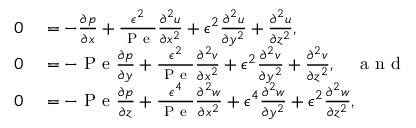
\begin{array} { r l } { 0 } & { { } = - \frac { \partial p } { \partial x } + \frac { \epsilon ^ { 2 } } { \mathrm { ~ P ~ e ~ } } \frac { \partial ^ { 2 } u } { \partial x ^ { 2 } } + \epsilon ^ { 2 } \frac { \partial ^ { 2 } u } { \partial y ^ { 2 } } + \frac { \partial ^ { 2 } u } { \partial z ^ { 2 } } , } \\ { 0 } & { { } = - \mathrm { ~ P ~ e ~ } \frac { \partial p } { \partial y } + \frac { \epsilon ^ { 2 } } { \mathrm { ~ P ~ e ~ } } \frac { \partial ^ { 2 } v } { \partial x ^ { 2 } } + \epsilon ^ { 2 } \frac { \partial ^ { 2 } v } { \partial y ^ { 2 } } + \frac { \partial ^ { 2 } v } { \partial z ^ { 2 } } , \quad \mathrm { ~ a ~ n ~ d ~ } } \\ { 0 } & { { } = - \mathrm { ~ P ~ e ~ } \frac { \partial p } { \partial z } + \frac { \epsilon ^ { 4 } } { \mathrm { ~ P ~ e ~ } } \frac { \partial ^ { 2 } w } { \partial x ^ { 2 } } + \epsilon ^ { 4 } \frac { \partial ^ { 2 } w } { \partial y ^ { 2 } } + \epsilon ^ { 2 } \frac { \partial ^ { 2 } w } { \partial z ^ { 2 } } , } \end{array}